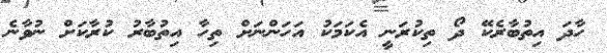
ހާދަ އިތުބާރެކޭ ދޯ ތިކުރަނީ އެކަމަކު އަހަންނަށް ތިހާ އިތުބާރު ކުރާކަށް ނުވާނެ